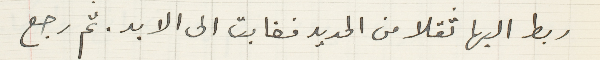
ربط اليها ثقلا من الحديد فغابت الى الابد. ثم رجع